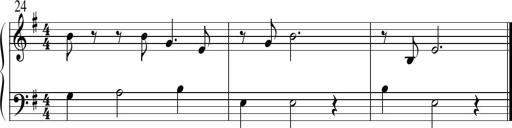
Title: Sonatine No.1 in E minor
Composer: Klaus Jung
Key: E minor